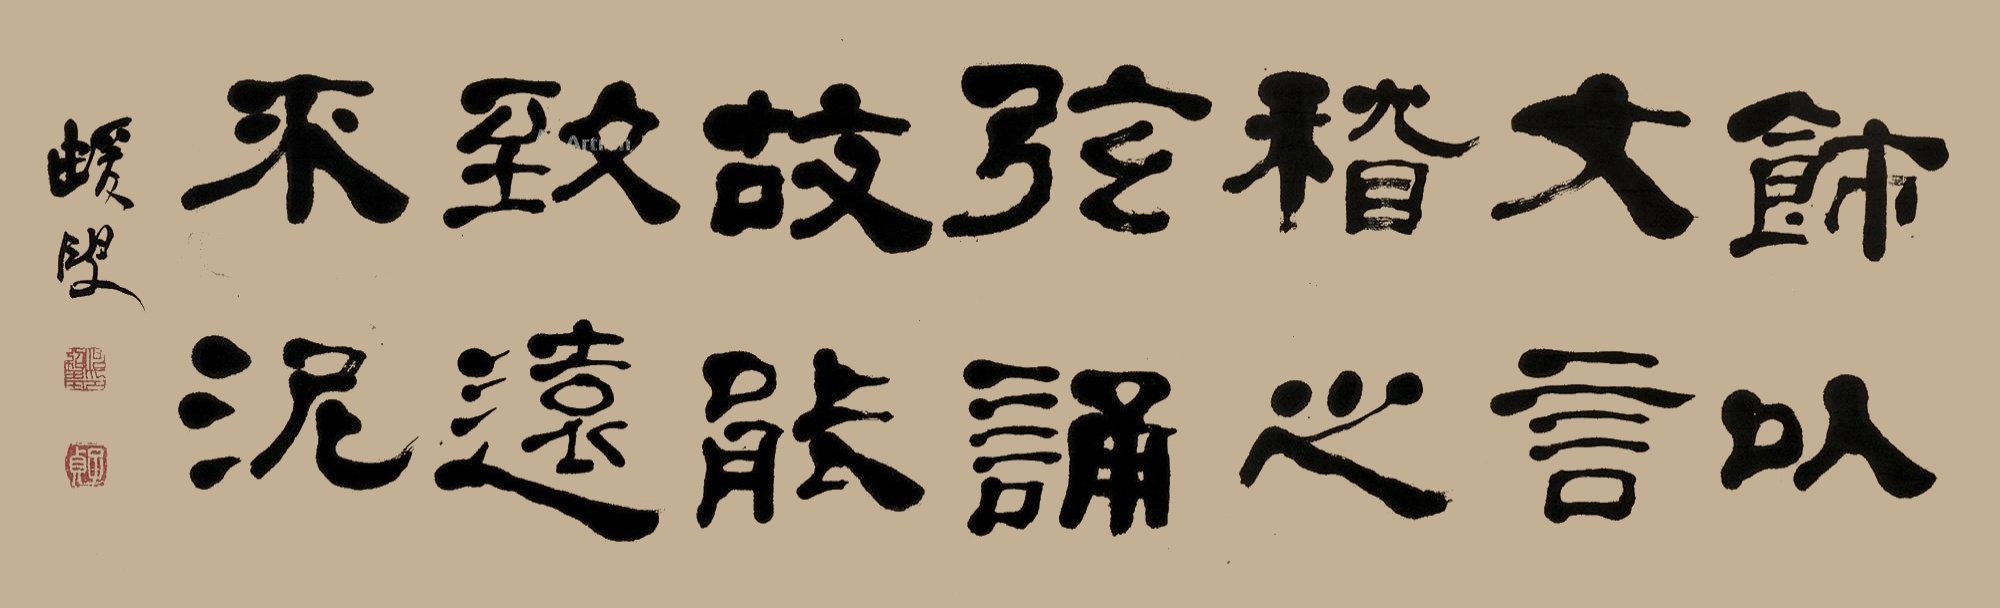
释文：饰以文言，稽之弦诵，故能致远不泥。蝯叟。